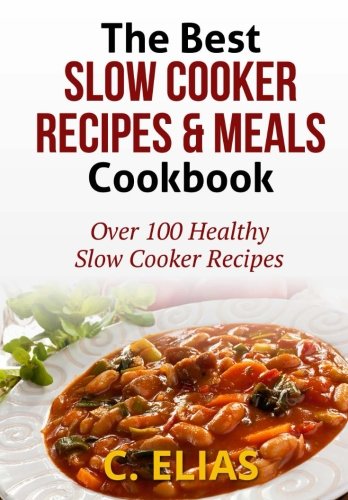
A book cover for The Best Slow Cooker Recipes & Meals Cookbook: Over 100 Healthy Slow Cooker Recipes, Vegetarian Slow Cooker Recipes, Slow Cooker Chicken, Pot Roast ... Recipes, Slow Cooker Desserts and more!; C Elias; Cookbooks, Food & Wine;